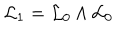
{ \cal L } _ { 1 } = { \cal L } _ { 0 } \wedge { \cal L } _ { 0 }